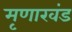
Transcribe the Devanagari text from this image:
मृणाखंड